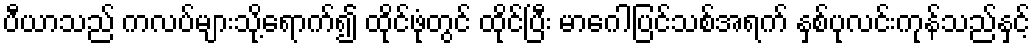
ပီယာသည် ကလပ်များသို့ရောက်၍ ထိုင်ဖုံတွင် ထိုင်ပြီး မာဂေါပြင်သစ်အရက် နှစ်ပုလင်းကုန်သည်နှင့်